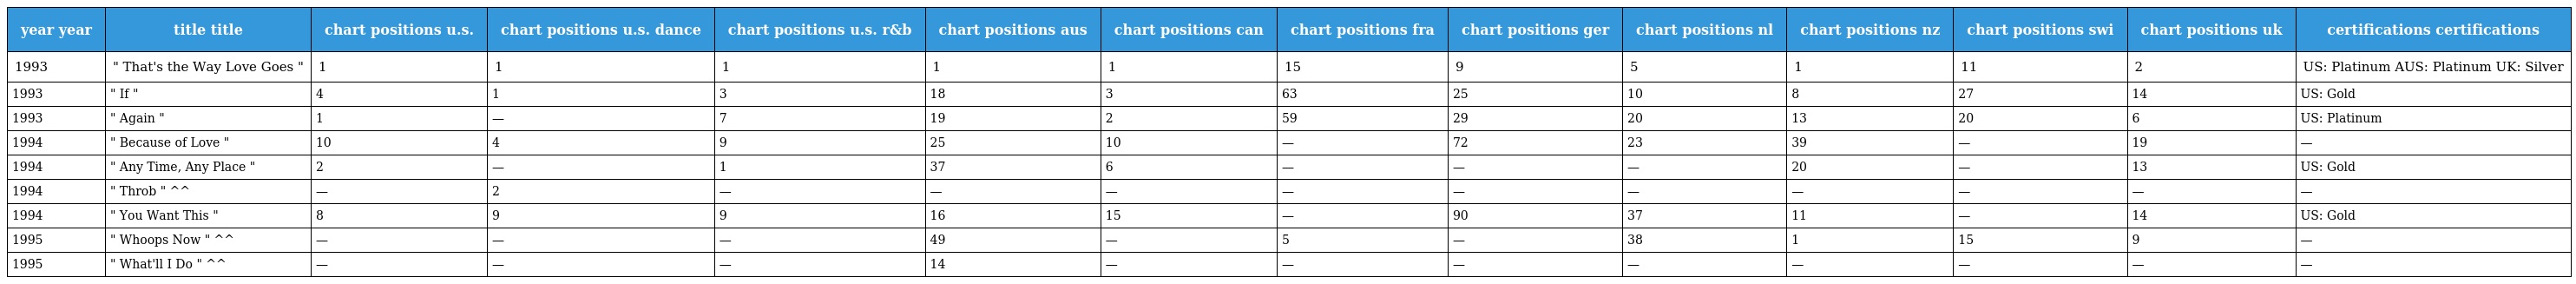
| year year | title title | chart positions u.s. | chart positions u.s. dance | chart positions u.s. r&b | chart positions aus | chart positions can | chart positions fra | chart positions ger | chart positions nl | chart positions nz | chart positions swi | chart positions uk | certifications certifications |
 | --- | --- | --- | --- | --- | --- | --- | --- | --- | --- | --- | --- | --- | --- |
 | 1993 | " That's the Way Love Goes " | 1 | 1 | 1 | 1 | 1 | 15 | 9 | 5 | 1 | 11 | 2 | US: Platinum AUS: Platinum UK: Silver |
 | 1993 | " If " | 4 | 1 | 3 | 18 | 3 | 63 | 25 | 10 | 8 | 27 | 14 | US: Gold |
 | 1993 | " Again " | 1 | — | 7 | 19 | 2 | 59 | 29 | 20 | 13 | 20 | 6 | US: Platinum |
 | 1994 | " Because of Love " | 10 | 4 | 9 | 25 | 10 | — | 72 | 23 | 39 | — | 19 | — |
 | 1994 | " Any Time, Any Place " | 2 | — | 1 | 37 | 6 | — | — | — | 20 | — | 13 | US: Gold |
 | 1994 | " Throb " ^^ | — | 2 | — | — | — | — | — | — | — | — | — | — |
 | 1994 | " You Want This " | 8 | 9 | 9 | 16 | 15 | — | 90 | 37 | 11 | — | 14 | US: Gold |
 | 1995 | " Whoops Now " ^^ | — | — | — | 49 | — | 5 | — | 38 | 1 | 15 | 9 | — |
 | 1995 | " What'll I Do " ^^ | — | — | — | 14 | — | — | — | — | — | — | — | — |